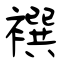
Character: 襈